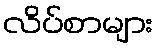
လိပ်စာများ